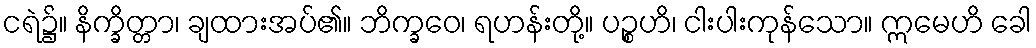
ငရဲ၌။ နိက္ခိတ္တာ၊ ချထားအပ်၏။ ဘိက္ခဝေ၊ ရဟန်းတို့။ ပဉ္စဟိ၊ ငါးပါးကုန်သော။ ဣမေဟိ ခေါ